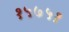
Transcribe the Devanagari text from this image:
१५७५१